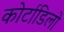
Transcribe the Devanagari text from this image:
कोर्टाडिलो